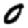
Digit: 0